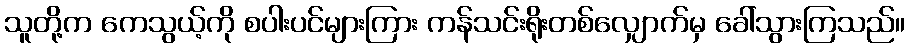
သူတို့က ကေသွယ့်ကို စပါးပင်များကြား ကန်သင်းရိုးတစ်လျှောက်မှ ခေါ်သွားကြသည်။